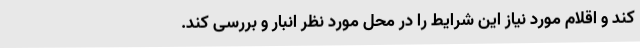
کند و اقلام مورد نیاز این شرایط را در محل مورد نظر انبار و بررسی کند.